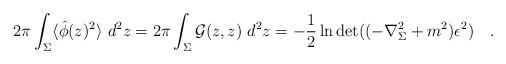
LaTeX: \begin{align*}2\pi\int_{\Sigma}\langle\hat{\phi}(z)^2\rangle~d^2 z = 2\pi\int_{\Sigma}{\cal G}(z,z)~d^2 z=-\frac 12\ln\det((-\nabla_\Sigma^2+m^2)\epsilon^2)~~~.\end{align*}